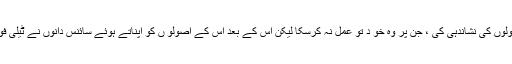
اس نے اَن گنت ایسی ٹیکنالو جیز کے بنیادی اصولوں کی نشاندہی کی ، جن پر وہ خو د تو عمل نہ کرسکا لیکن اس کے بعد اس کے اصولو ں کو اپناتے ہوئے سائنس دانوں نے ٹیلی فون جیسے بہت سے انتہائی اہم آلات ایجاد کرلئے۔